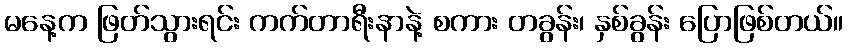
မနေ့က ဖြတ်သွားရင်း ကက်တာရီးနာနဲ့ စကား တခွန်း၊ နှစ်ခွန်း ပြောဖြစ်တယ်။